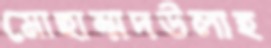
মোহাম্মদউলাহ